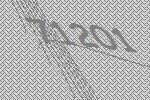
71201